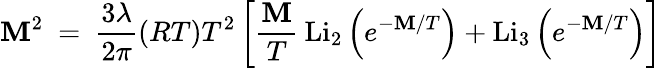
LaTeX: \mathbf{M}^{2}~=~\frac{{3\lambda}}{{2\pi}}(RT)T^{2}\left[\frac{{\mathbf{M}}}{{T}}\: \mathrm{{Li}}_{2}\left(e^{-\mathbf{M}/T}\right)+\mathrm{{Li}}_{3}\left(e^{-\mathbf{M}/T}\right)\right]~